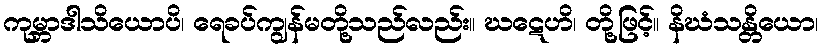
ကုမ္ဘာဒါသိယောပိ၊ ရေခပ်ကျွန်မတို့သည်လည်း။ ဃဋေဟိ၊ တို့ဖြင့်။ နိဃံသန္တိယော၊